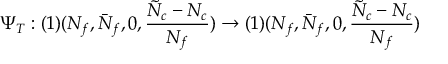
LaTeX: \Psi _ { T } : ( 1 ) ( N _ { f } , \bar { N } _ { f } , 0 , \frac { \tilde { N } _ { c } - N _ { c } } { N _ { f } } ) \rightarrow ( 1 ) ( N _ { f } , \bar { N } _ { f } , 0 , \frac { \tilde { N } _ { c } - N _ { c } } { N _ { f } } )